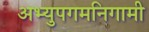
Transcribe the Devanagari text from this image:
अभ्युपगमनिगामी